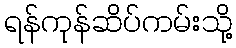
ရန်ကုန်ဆိပ်ကမ်းသို့